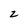
Character: 2